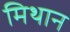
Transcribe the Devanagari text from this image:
मिथान